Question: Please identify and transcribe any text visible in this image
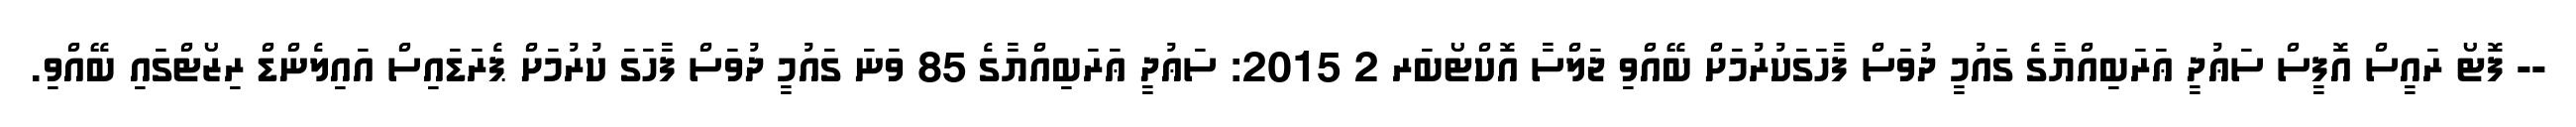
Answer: -- ފޮޓޯ ރައީސް އޮފީސް ސަޢުދީ ޢަރަބިއްޔާގެ ގައުމީ ދުވަސް ފާހަގަކުރުމަށް ބޭއްވި ޖަލްސާ އޮކްޓޯބަރ 2 2015: ސަޢުދީ ޢަރަބިއްޔާގެ 85 ވަނަ ގައުމީ ދުވަސް ފާހަގަ ކުރުމަށް ޕެރަޑައިސް އައިލެންޑް ރިޒޯޓްގައި ބޭއްވި.